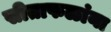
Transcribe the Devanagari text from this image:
सीताफळांना